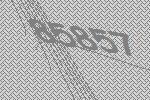
85857